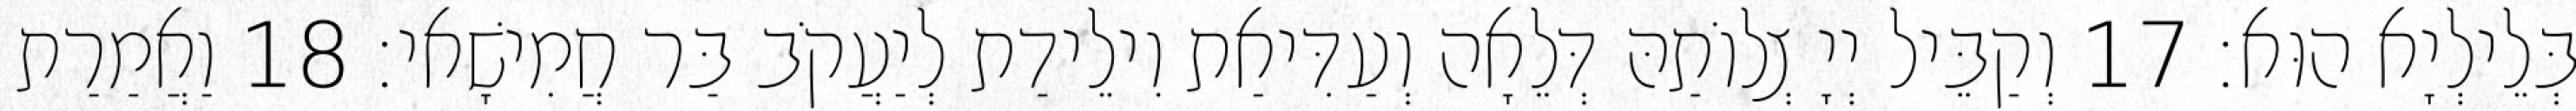
בְּלֵילְיָא הוּא׃ 17 וְקַבֵּיל יְיָ צְלוֹתַהּ דְּלֵאָה וְעַדִּיאַת וִילֵידַת לְיַעֲקֹב בַּר חֲמִישָׁאי׃ 18 וַאֲמַרַת